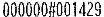
000000#001429